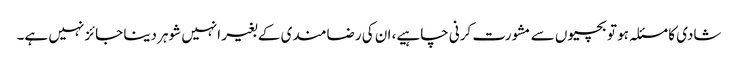
شادی کا مسئلہ ہو تو بچیوں سے مشورت کرنی چاہیے، ان کی رضامندی کے بغیر انہیں شوہر دینا جائز نہیں ہے۔